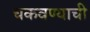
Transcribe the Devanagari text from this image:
चकवण्याची